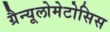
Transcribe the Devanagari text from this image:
ग्रैन्यूलोमेटोसिस